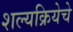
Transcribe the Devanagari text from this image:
शल्यक्रियेचे